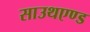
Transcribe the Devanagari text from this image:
साउथएण्ड